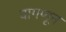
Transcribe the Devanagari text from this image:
वागणून